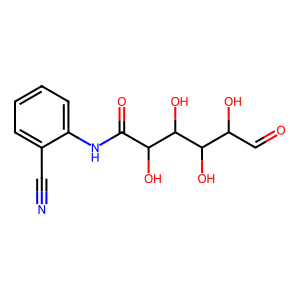
SMILES: N#Cc1ccccc1NC(=O)C(O)C(O)C(O)C(O)C=O
Inhibits HIV replication: No